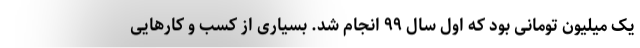
یک میلیون تومانی بود که اول سال ۹۹ انجام شد. بسیاری از کسب و کارهایی